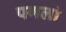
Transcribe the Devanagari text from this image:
पगलां